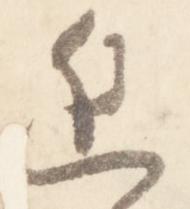
進